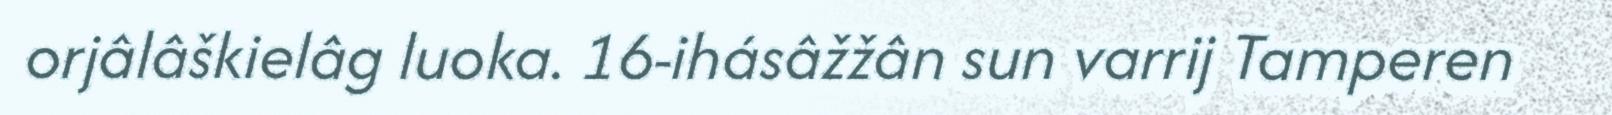
orjâlâškielâg luoka. 16-ihásâžžân sun varrij Tamperen